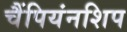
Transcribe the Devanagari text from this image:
चैंपियंनशिप